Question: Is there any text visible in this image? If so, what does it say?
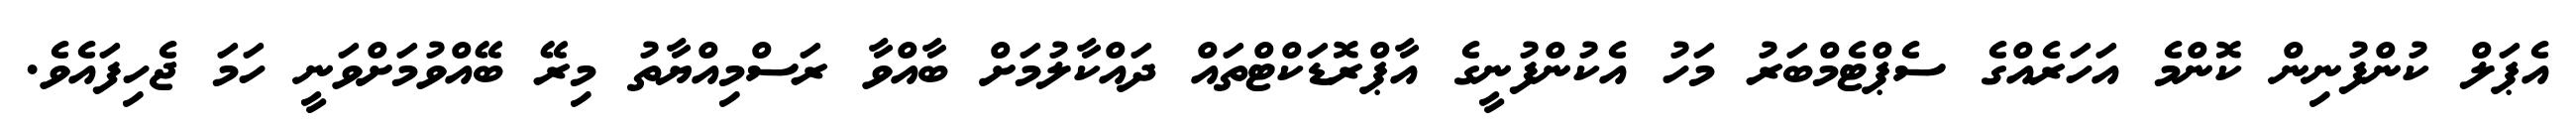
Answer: އެޕަލް ކުންފުނިން ކޮންމެ އަހަރެއްގެ ސެޕްޓެމްބަރު މަހު އެކުންފުނީގެ އާޕްރޮޑަކްޓްތައް ދައްކާލުމަށް ބާއްވާ ރަސްމިއްޔާތު މިރޭ ބޭއްވުމަށްވަނީ ހަމަ ޖެހިފައެވެ.